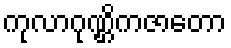
ကုလာဂုဏ္ဌိကဇာတော